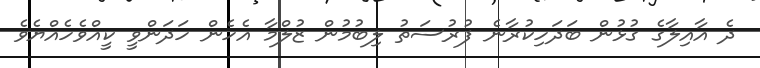
ދެ އާއިލާގެ ގުޅުން ބަދަހިކުރާނެ ފުރުސަތު ލިބުމުން ޒުލްމާ އެހެން ހަދަންވީ ކީއްވެހެއްޔެވެ